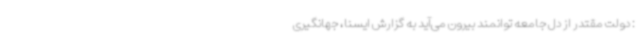
: دولت مقتدر از دل جامعه توانمند بیرون می‌آید به گزارش ایسنا، جهانگیری